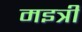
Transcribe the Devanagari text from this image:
मइत्री